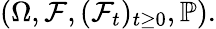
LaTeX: (\Omega,{\mathcal{F}},({\mathcal{F}}_{t})_{t\geq 0},\mathbb{P}).